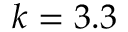
k = 3 . 3